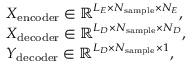
\begin{array} { r l } & { X _ { \mathrm { e n c o d e r } } \in \mathbb R ^ { L _ { E } \times N _ { \mathrm { s a m p l e } } \times N _ { E } } , } \\ & { X _ { \mathrm { d e c o d e r } } \in \mathbb R ^ { L _ { D } \times N _ { \mathrm { s a m p l e } } \times N _ { D } } , } \\ & { Y _ { \mathrm { d e c o d e r } } \in \mathbb R ^ { L _ { D } \times N _ { \mathrm { s a m p l e } } \times 1 } , } \end{array}